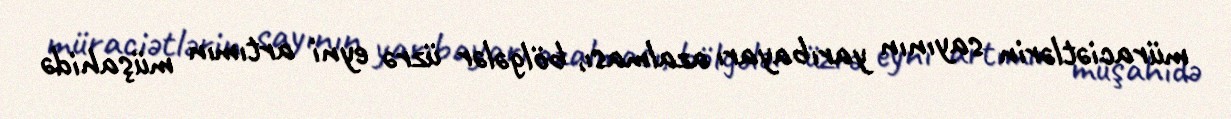
müraciətlərin sayının yarıbayarı azalması, bölgələr üzrə eyni artımın müşahidə